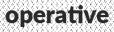
operative